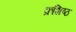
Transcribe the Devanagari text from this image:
क्रशिष्ठ